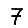
Digit: 7